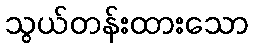
သွယ်တန်းထားသော